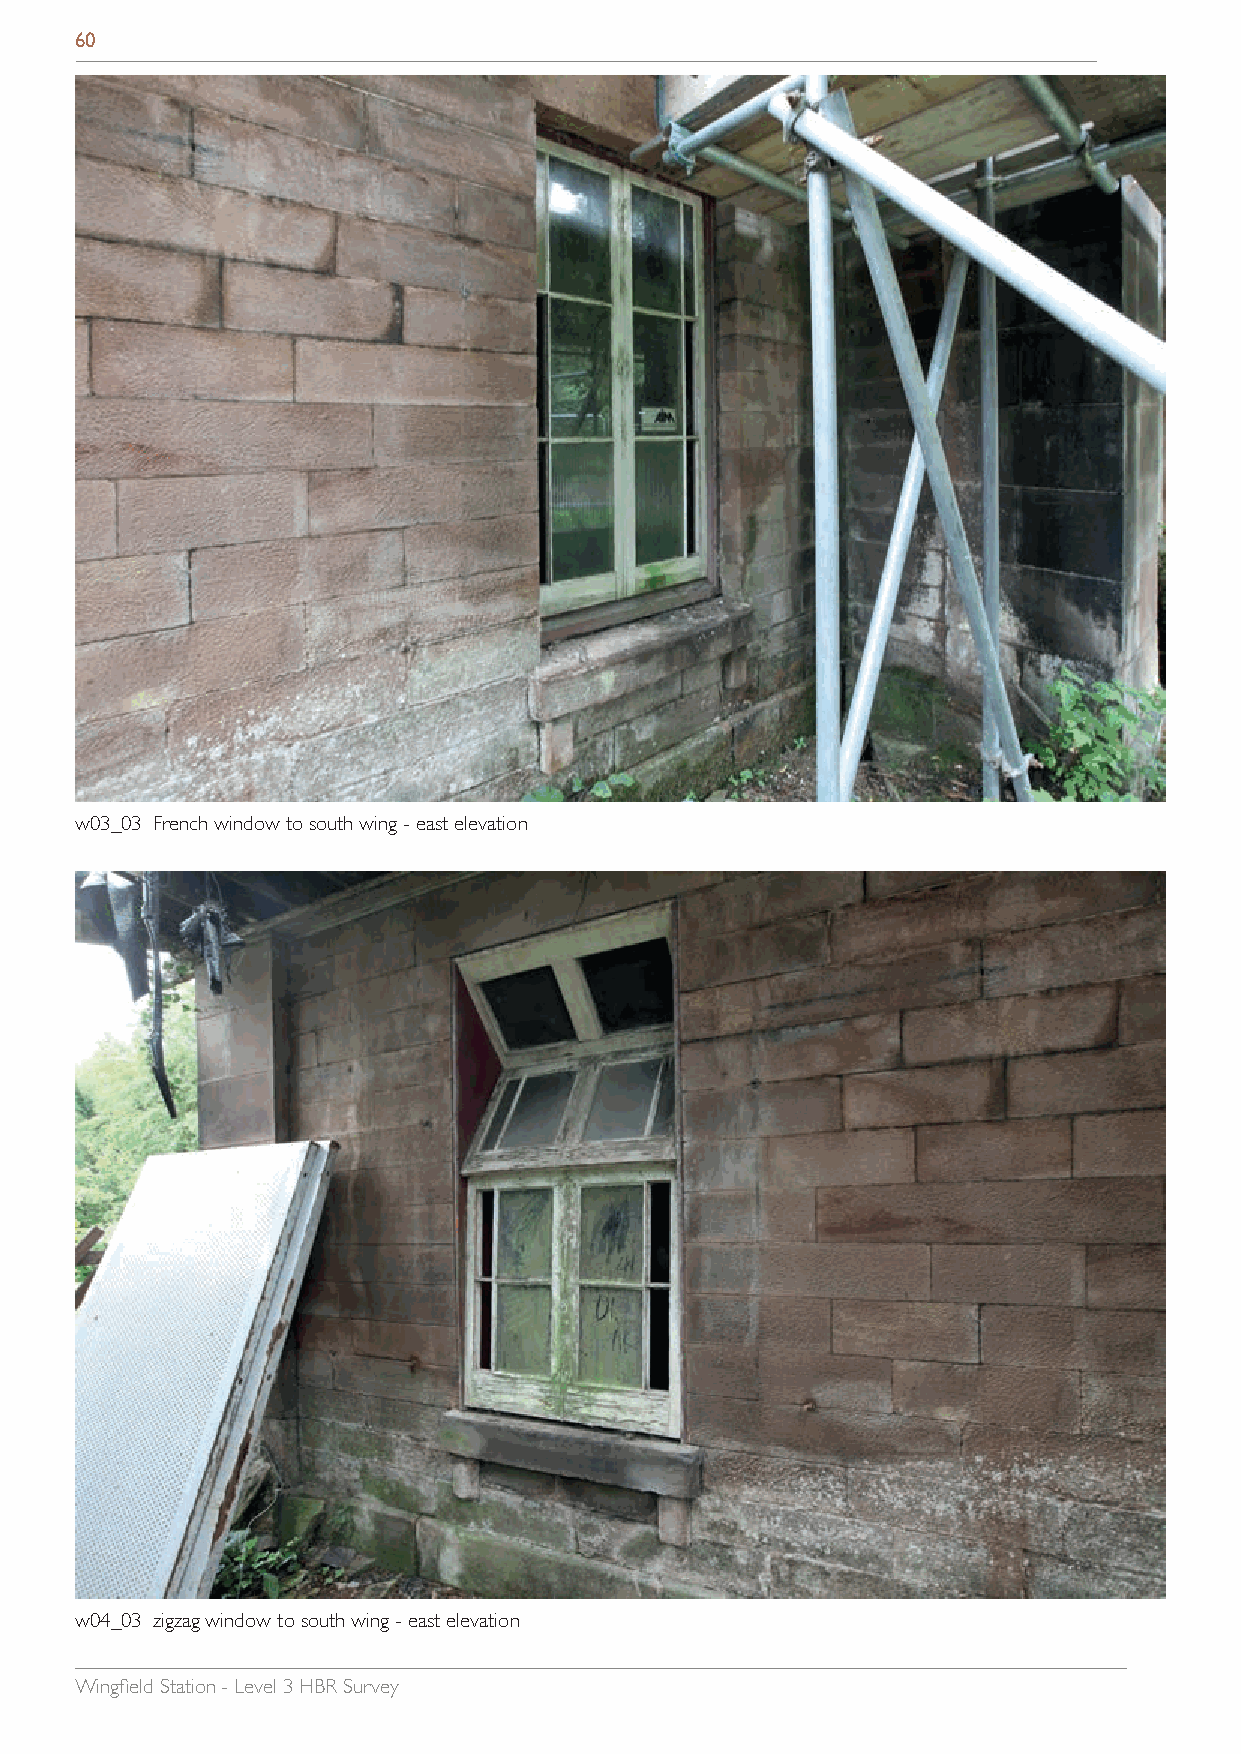
60
 w03_03 French window to south wing - east elevation
 w04_03 zigzag window to south wing - east elevation
 Wingfield Station - Level 3 HBR Survey